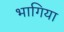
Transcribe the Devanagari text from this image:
भागिया